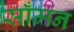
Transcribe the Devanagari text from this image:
साँमन